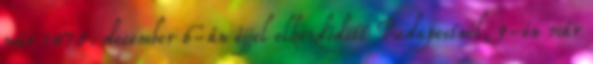
már 1875. december 6-án éjjel elkezdõdött Budapestnél, 9-én már